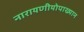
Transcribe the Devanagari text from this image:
नारायणीयोपाख्यान